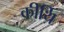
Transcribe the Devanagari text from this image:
कीर्थि